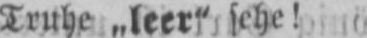
Truhe „leer“ sehe!